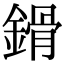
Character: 𨪷